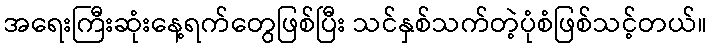
အရေးကြီးဆုံးနေ့ရက်တွေဖြစ်ပြီး သင်နှစ်သက်တဲ့ပုံစံဖြစ်သင့်တယ်။